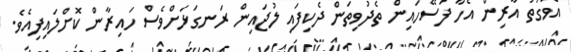
އެވަގުތު އާރިން އެހާ ފަސޭހައިން ތެދުވިތަން ދެކިފައި ލުޖައިން ރަނގަޅަށްވެސް ހައިރާން ކޮށްލައިފިއެވެ.